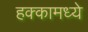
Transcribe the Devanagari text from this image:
हक्कामध्ये